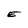
Character: E